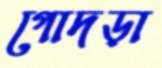
গোদড়া